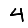
Digit: 4